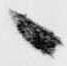
へ